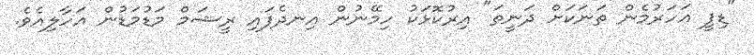
"ޑިފީ އަހަރުމެން ތަނަކަށް ދަނީތަ" އިރުކޮޅަކު ހިމޭނުން އިނދެފައި ރީޝަމް މަޑުމަޑުން އަހާލިއެވެ.